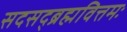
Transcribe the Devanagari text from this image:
सदसद्ब्रह्मवित्तमः